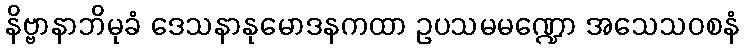
နိဗ္ဗာနာဘိမုခံ ဒေသနာနုမောဒနကထာ ဥပသမမဏ္ဍော အသေသဝစနံ